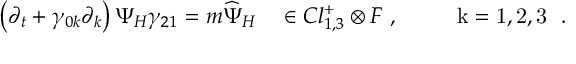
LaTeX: \left( \partial _ { t } + \gamma _ { 0 k } \partial _ { k } \right) \Psi _ { H } \gamma _ { 2 1 } = m \widehat { \Psi } _ { H } ~ ~ ~ \in C l _ { 1 , 3 } ^ { + } \otimes { \cal F } ~ , ~ ~ ~ ~ ~ ~ ~ \mathrm { \footnotesize ~ k = 1 , 2 , 3 ~ } ~ .